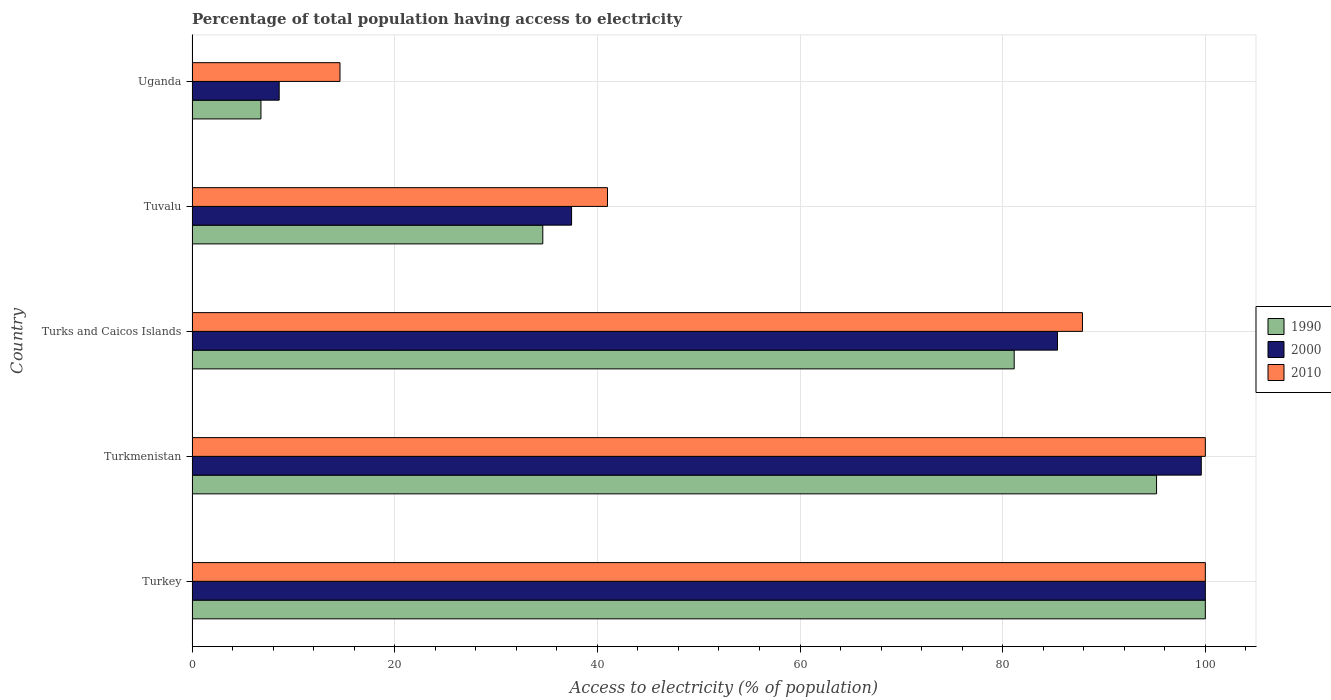
| Country | 1990 | 2000 | 2010 |
 | --- | --- | --- | --- |
 | Turkey | 100 | 100 | 100 |
 | Turkmenistan | 95.2 | 99.6 | 100 |
 | Turks and Caicos Islands | 81.1 | 85.4 | 87.9 |
 | Tuvalu | 34.6 | 37.5 | 41 |
 | Uganda | 6.8 | 8.6 | 14.6 |